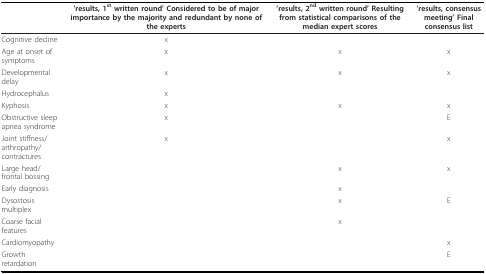
<table><thead><tr><td></td><td><b>&#x27;results, 1<sup>st </sup>written round&#x27; Considered to be of major importance by the majority and redundant by none of the experts</b></td><td><b>&#x27;results, 2<sup>nd </sup>written round&#x27; Resulting from statistical comparisons of the median expert scores</b></td><td><b>&#x27;results, consensus meeting&#x27; Final consensus list</b></td></tr></thead><tbody><tr><td>Cognitive decline</td><td>x</td><td></td><td></td></tr><tr><td>Age at onset of symptoms</td><td>x</td><td>x</td><td>x</td></tr><tr><td>Developmental delay</td><td>x</td><td>x</td><td>x</td></tr><tr><td>Hydrocephalus</td><td>x</td><td></td><td></td></tr><tr><td>Kyphosis</td><td>x</td><td>x</td><td>x</td></tr><tr><td>Obstructive sleep apnea syndrome</td><td>x</td><td></td><td>E</td></tr><tr><td>Joint stiffness/arthropathy/contractures</td><td>x</td><td></td><td>x</td></tr><tr><td>Large head/frontal bossing</td><td></td><td>x</td><td>x</td></tr><tr><td>Early diagnosis</td><td></td><td>x</td><td></td></tr><tr><td>Dysostosis multiplex</td><td></td><td>x</td><td>E</td></tr><tr><td>Coarse facial features</td><td></td><td>x</td><td></td></tr><tr><td>Cardiomyopathy</td><td></td><td></td><td>x</td></tr><tr><td>Growth retardation</td><td></td><td></td><td>E</td></tr></tbody></table>